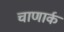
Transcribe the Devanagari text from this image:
चाणार्क